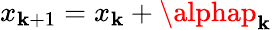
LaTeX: x_{\mathbf{k}+1}=x_{\mathbf{k}}+\alphap_{\mathbf{k}}